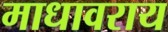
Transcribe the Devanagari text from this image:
माधावराय